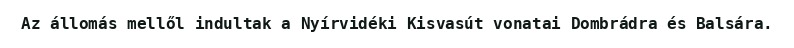
Az állomás mellől indultak a Nyírvidéki Kisvasút vonatai Dombrádra és Balsára.